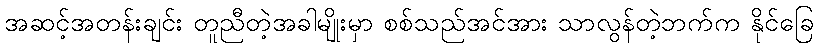
အဆင့်အတန်းချင်း တူညီတဲ့အခါမျိုးမှာ စစ်သည်အင်အား သာလွန်တဲ့ဘက်က နိုင်ခြေ